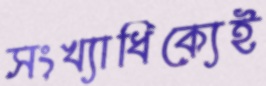
সংখ্যাধিক্যেই